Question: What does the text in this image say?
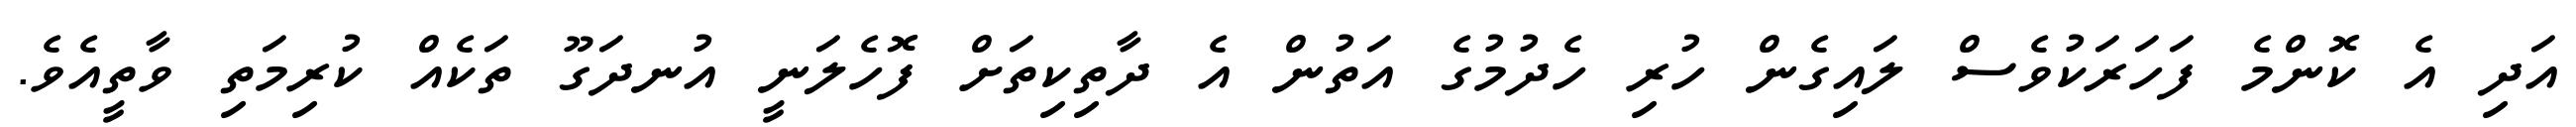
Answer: އަދި އެ ކޮންމެ ފަހަރަކުވެސް ލައިގެން ހުރި ހެދުމުގެ އަތުން އެ ދާތިކިތަށް ފޮހެލަނީ އުނދަގޫ ތަކެއް ކުރިމަތި ވާތީއެވެ.